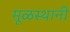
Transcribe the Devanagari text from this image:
मूळस्थानी